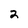
Character: 2